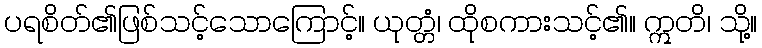
ပရစိတ်၏ဖြစ်သင့်သောကြောင့်။ ယုတ္တံ၊ ထိုစကားသင့်၏။ ဣတိ၊ သို့။